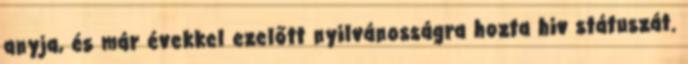
anyja, és már évekkel ezelőtt nyilvánosságra hozta hiv státuszát.